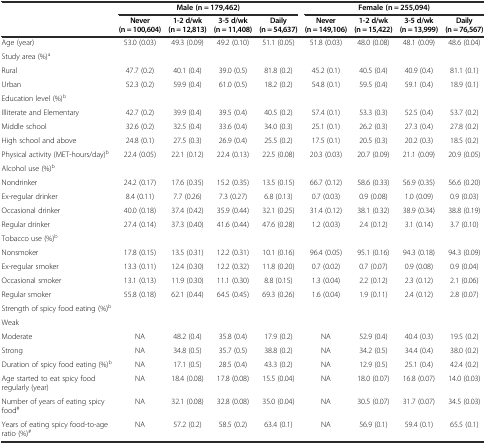
<table><thead><tr><td></td><td colspan="4"><b>Male (n = 179,462)</b></td><td colspan="4"><b>Female (n = 255,094)</b></td></tr><tr><td></td><td><b>Never (n = 100,604)</b></td><td><b>1-2 d/wk (n = 12,813)</b></td><td><b>3-5 d/wk (n = 11,408)</b></td><td><b>Daily (n = 54,637)</b></td><td><b>Never (n = 149,106)</b></td><td><b>1-2 d/wk (n = 15,422)</b></td><td><b>3-5 d/wk (n = 13,999)</b></td><td><b>Daily (n = 76,567)</b></td></tr></thead><tbody><tr><td>Age (year)</td><td>53.0 (0.03)</td><td>49.3 (0.09)</td><td>49.2 (0.10)</td><td>51.1 (0.05)</td><td>51.8 (0.03)</td><td>48.0 (0.08)</td><td>48.1 (0.09)</td><td>48.6 (0.04)</td></tr><tr><td>Study area (%)<sup>a</sup></td><td></td><td></td><td></td><td></td><td></td><td></td><td></td><td></td></tr><tr><td>Rural</td><td>47.7 (0.2)</td><td>40.1 (0.4)</td><td>39.0 (0.5)</td><td>81.8 (0.2)</td><td>45.2 (0.1)</td><td>40.5 (0.4)</td><td>40.9 (0.4)</td><td>81.1 (0.1)</td></tr><tr><td>Urban</td><td>52.3 (0.2)</td><td>59.9 (0.4)</td><td>61.0 (0.5)</td><td>18.2 (0.2)</td><td>54.8 (0.1)</td><td>59.5 (0.4)</td><td>59.1 (0.4)</td><td>18.9 (0.1)</td></tr><tr><td>Education level (%)<sup>b</sup></td><td></td><td></td><td></td><td></td><td></td><td></td><td></td><td></td></tr><tr><td>Illiterate and Elementary</td><td>42.7 (0.2)</td><td>39.9 (0.4)</td><td>39.5 (0.4)</td><td>40.5 (0.2)</td><td>57.4 (0.1)</td><td>53.3 (0.3)</td><td>52.5 (0.4)</td><td>53.7 (0.2)</td></tr><tr><td>Middle school</td><td>32.6 (0.2)</td><td>32.5 (0.4)</td><td>33.6 (0.4)</td><td>34.0 (0.3)</td><td>25.1 (0.1)</td><td>26.2 (0.3)</td><td>27.3 (0.4)</td><td>27.8 (0.2)</td></tr><tr><td>High school and above</td><td>24.8 (0.1)</td><td>27.5 (0.3)</td><td>26.9 (0.4)</td><td>25.5 (0.2)</td><td>17.5 (0.1)</td><td>20.5 (0.3)</td><td>20.2 (0.3)</td><td>18.5 (0.2)</td></tr><tr><td>Physical activity (MET-hours/day)<sup>b</sup></td><td>22.4 (0.05)</td><td>22.1 (0.12)</td><td>22.4 (0.13)</td><td>22.5 (0.08)</td><td>20.3 (0.03)</td><td>20.7 (0.09)</td><td>21.1 (0.09)</td><td>20.9 (0.05)</td></tr><tr><td>Alcohol use (%)<sup>b</sup></td><td></td><td></td><td></td><td></td><td></td><td></td><td></td><td></td></tr><tr><td>Nondrinker</td><td>24.2 (0.17)</td><td>17.6 (0.35)</td><td>15.2 (0.35)</td><td>13.5 (0.15)</td><td>66.7 (0.12)</td><td>58.6 (0.33)</td><td>56.9 (0.35)</td><td>56.6 (0.20)</td></tr><tr><td>Ex-regular drinker</td><td>8.4 (0.11)</td><td>7.7 (0.26)</td><td>7.3 (0.27)</td><td>6.8 (0.13)</td><td>0.7 (0.03)</td><td>0.9 (0.08)</td><td>1.0 (0.09)</td><td>0.9 (0.03)</td></tr><tr><td>Occasional drinker</td><td>40.0 (0.18)</td><td>37.4 (0.42)</td><td>35.9 (0.44)</td><td>32.1 (0.25)</td><td>31.4 (0.12)</td><td>38.1 (0.32)</td><td>38.9 (0.34)</td><td>38.8 (0.19)</td></tr><tr><td>Regular drinker</td><td>27.4 (0.14)</td><td>37.3 (0.40)</td><td>41.6 (0.44)</td><td>47.6 (0.28)</td><td>1.2 (0.03)</td><td>2.4 (0.12)</td><td>3.1 (0.14)</td><td>3.7 (0.10)</td></tr><tr><td>Tobacco use (%)<sup>b</sup></td><td></td><td></td><td></td><td></td><td></td><td></td><td></td><td></td></tr><tr><td>Nonsmoker</td><td>17.8 (0.15)</td><td>13.5 (0.31)</td><td>12.2 (0.31)</td><td>10.1 (0.16)</td><td>96.4 (0.05)</td><td>95.1 (0.16)</td><td>94.3 (0.18)</td><td>94.3 (0.09)</td></tr><tr><td>Ex-regular smoker</td><td>13.3 (0.11)</td><td>12.4 (0.30)</td><td>12.2 (0.32)</td><td>11.8 (0.20)</td><td>0.7 (0.02)</td><td>0.7 (0.07)</td><td>0.9 (0.08)</td><td>0.9 (0.04)</td></tr><tr><td>Occasional smoker</td><td>13.1 (0.13)</td><td>11.9 (0.30)</td><td>11.1 (0.30)</td><td>8.8 (0.15)</td><td>1.3 (0.04)</td><td>2.2 (0.12)</td><td>2.3 (0.12)</td><td>2.1 (0.06)</td></tr><tr><td>Regular smoker</td><td>55.8 (0.18)</td><td>62.1 (0.44)</td><td>64.5 (0.45)</td><td>69.3 (0.26)</td><td>1.6 (0.04)</td><td>1.9 (0.11)</td><td>2.4 (0.12)</td><td>2.8 (0.07)</td></tr><tr><td>Strength of spicy food eating (%)<sup>b</sup></td><td></td><td></td><td></td><td></td><td></td><td></td><td></td><td></td></tr><tr><td>Weak</td><td></td><td></td><td></td><td></td><td></td><td></td><td></td><td></td></tr><tr><td>Moderate</td><td>NA</td><td>48.2 (0.4)</td><td>35.8 (0.4)</td><td>17.9 (0.2)</td><td>NA</td><td>52.9 (0.4)</td><td>40.4 (0.3)</td><td>19.5 (0.2)</td></tr><tr><td>Strong</td><td>NA</td><td>34.8 (0.5)</td><td>35.7 (0.5)</td><td>38.8 (0.2)</td><td>NA</td><td>34.2 (0.5)</td><td>34.4 (0.4)</td><td>38.0 (0.2)</td></tr><tr><td>Duration of spicy food eating (%)<sup>b</sup></td><td>NA</td><td>17.1 (0.5)</td><td>28.5 (0.4)</td><td>43.3 (0.2)</td><td>NA</td><td>12.9 (0.5)</td><td>25.1 (0.4)</td><td>42.4 (0.2)</td></tr><tr><td>Age started to eat spicy food regularly (year)</td><td>NA</td><td>18.4 (0.08)</td><td>17.8 (0.08)</td><td>15.5 (0.04)</td><td>NA</td><td>18.0 (0.07)</td><td>16.8 (0.07)</td><td>14.0 (0.03)</td></tr><tr><td>Number of years of eating spicy food<sup>#</sup></td><td>NA</td><td>32.1 (0.08)</td><td>32.8 (0.08)</td><td>35.0 (0.04)</td><td>NA</td><td>30.5 (0.07)</td><td>31.7 (0.07)</td><td>34.5 (0.03)</td></tr><tr><td>Years of eating spicy food-to-age ratio (%)<sup>#</sup></td><td>NA</td><td>57.2 (0.2)</td><td>58.5 (0.2)</td><td>63.4 (0.1)</td><td>NA</td><td>56.9 (0.1)</td><td>59.4 (0.1)</td><td>65.5 (0.1)</td></tr></tbody></table>